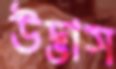
উদ্ভাস